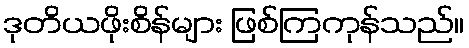
ဒုတိယဖိုးစိန်များ ဖြစ်ကြကုန်သည်။